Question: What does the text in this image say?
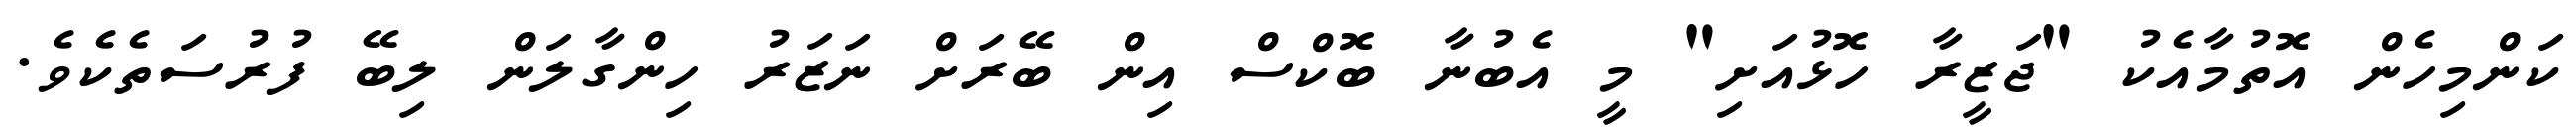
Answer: ކަންމިހެން އޮތުމާއެކު "ޖަޒީރާ ހޮޅުއަށި" މީ އެބުނާ ބޮކްސް އިން ބޭރަށް ނަޒަރު ހިންގާލަން ލިބޭ ފުރުސަތެކެވެ.